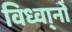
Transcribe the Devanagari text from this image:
विध्वा्नो